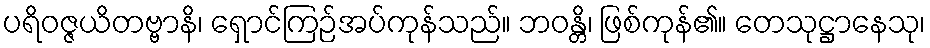
ပရိဝဇ္ဇယိတဗ္ဗာနိ၊ ရှောင်ကြဉ်အပ်ကုန်သည်။ ဘဝန္တိ၊ ဖြစ်ကုန်၏။ တေသုဋ္ဌာနေသု၊